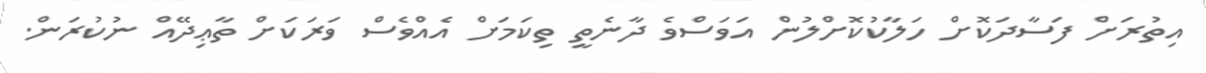
އިތުރަށް ފަސާދަކޮށް ހަލާކުކޮށްލުން އަވަސްވެ ދާނެތީ ތިކަމަށް އެއްވެސް ވަރަކަށް ތާޢިދޭއް ނުކުރަން.